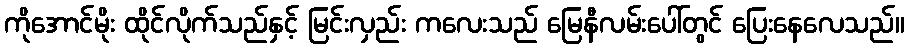
ကိုအောင်မိုး ထိုင်လိုက်သည်နှင့် မြင်းလှည်း ကလေးသည် မြေနီလမ်းပေါ်တွင် ပြေးနေလေသည်။